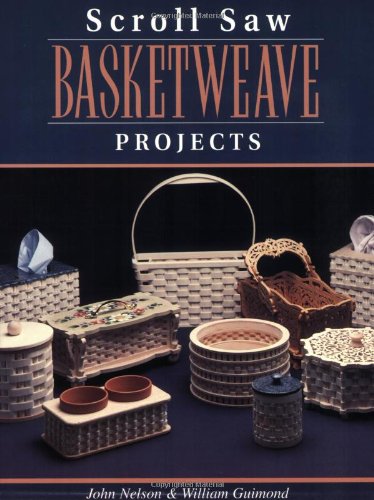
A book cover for Scroll Saw Basketweave Projects; John Nelson; Crafts, Hobbies & Home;